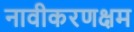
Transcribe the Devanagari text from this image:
नावीकरणक्षम